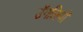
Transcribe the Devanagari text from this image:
उॅगलियाॅ